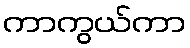
ကာကွယ်ကာ